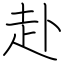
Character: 赴